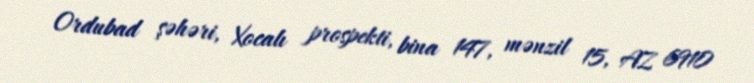
Ordubad şəhəri, Xocalı prospekti, bina 147, mənzil 15, AZ 6910